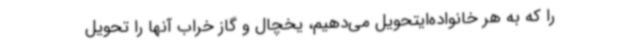
را که به هر خانواده‌ایتحویل می‌دهیم، یخچال و گاز خراب آنها را تحویل